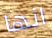
انها